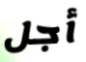
أجل